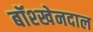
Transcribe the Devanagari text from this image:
बॉश्खेनदाल